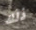
ذلك